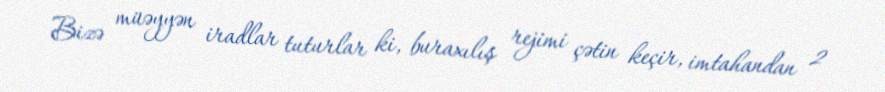
Bizə müəyyən iradlar tuturlar ki, buraxılış rejimi çətin keçir, imtahandan 2